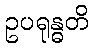
ဥပရုန္ဓတိ